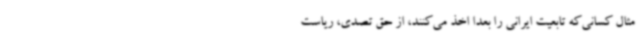
مثال کسانی‌که تابعیت ایرانی را بعداً اخذ می‌کنند، از حق تصدی، ریاست